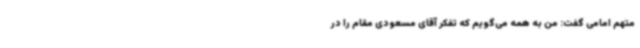
متهم امامی گفت: من به همه می‌گویم که تفکر آقای مسعودی مقام را در